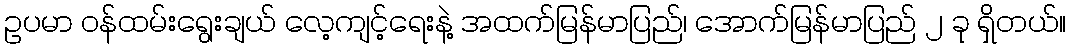
ဥပမာ ဝန်ထမ်းရွေးချယ် လေ့ကျင့်ရေးနဲ့ အထက်မြန်မာပြည်၊ အောက်မြန်မာပြည် ၂ ခု ရှိတယ်။